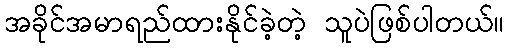
အခိုင်အမာရည်ထားနိုင်ခဲ့တဲ့ သူပဲဖြစ်ပါတယ်။